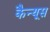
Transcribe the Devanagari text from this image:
कैन्यूस